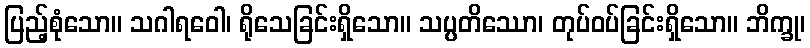
ပြည့်စုံသော။ သဂါရဝေါ၊ ရိုသေခြင်းရှိသော။ သပ္ပတိဿော၊ တုပ်ဝပ်ခြင်းရှိသော။ ဘိက္ခု၊